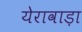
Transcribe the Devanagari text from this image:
येरावाड़ा